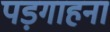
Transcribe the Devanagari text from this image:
पड़गाहना